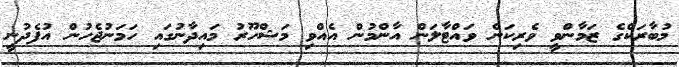
މުބާރަކްގެ ޒަމާންވީ ވެރިކަން ވައްޓާލަން އާންމުން އެއްވި މަޝްހޫރު މައިދާނުގައި ހަމަނުޖެހުން އުފެދުނީ